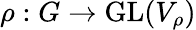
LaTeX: \rho:G\to{\mathrm{GL}}(V_{\rho})